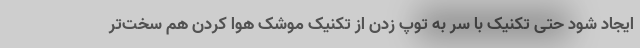
ایجاد شود حتی تکنیک با سر به توپ زدن از تکنیک موشک هوا کردن هم سخت‌تر